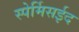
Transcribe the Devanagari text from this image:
स्पेर्मिसईद